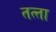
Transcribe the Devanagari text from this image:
तत्‍ता